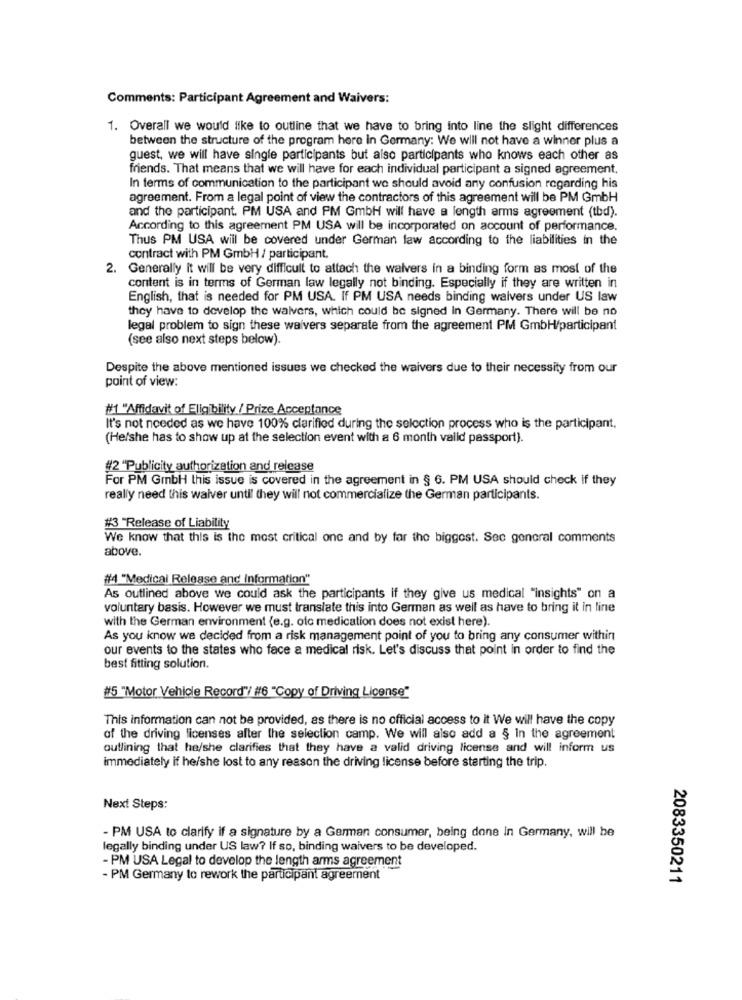
Comments: Participant Agreement and Waivers:
1. Overall we would like to outline that we have to bring into line the slight differences
between the structure of the program here in Germany: We will not have a winner plus a
guest, we will have single participants but also participants who knows each other as
friends. That means that we will have for each individual participant a signed agreement.
In terms of communication to the participant we should avoid any confusion regarding his
agreement. From a legal point of view the contractors of this agreement will be PM GmbH
and the participant. PM USA and PM GmbH will have a length arms agreement (tbd).
According to this agreement PM USA will be incorporated on account of performance.
Thus PM USA will be covered under German law according to the liabilities in the
contract with PM GmbH / participant.
2. Generally it will be very difficult to attach the waivers in a binding form as most of the
content is in terms of German law legally not binding. Especially if they are written in
English, that is needed for PM USA. If PM USA needs binding waivers under US law
they have to develop the waivers, which could be signed In Germany. There will be no
legal problem to sign these waivers separate from the agreement PM GmbH/participant
(see also next steps below).
Despite the above mentioned issues we checked the waivers due to their necessity from our
point of view:
#1 "Affidavit of Eligibility / Prize Acceptance
It's not needed as we have 100% clarified during the selection process who is the participant.
(He/she has to show up at the selection event with a 6 month valid passport).
#2 "Publicity authorization and release
For PM GmbH this issue is covered in the agreement in § 6. PM USA should check if they
really need this waiver until they will not commercialize the German participants.
#3 "Release of Liability
We know that this is the most critical one and by far the biggest. Sec general comments
above.
#4 "Medical Release and Information"
As outlined above we could ask the participants if they give us medical "insights" on a
voluntary basis. However we must translate this into German as well as have to bring it in fine
with the German environment (e.g. ofc medication does not exist here).
As you know we decided from a risk management point of you to bring any consumer within
our events to the states who face a medical risk. Let's discuss that point in order to find the
best fitting solution.
#5 "Motor Vehicle Record"/ #6 "Copy of Driving License"
This information can not be provided, as there is no official access to it We will have the copy
of the driving licenses after the selection camp. We will also add a § In the agreement
outlining that he/she clarifies that they have a valid driving license and will inform us
immediately if he/she lost to any reason the driving license before starting the trip.
Next Steps:
- PM USA to clarify if a signature by a German consumer, being done in Germany, will be
legally binding under US law? If so, binding waivers to be developed.
- PM USA Legal to develop the length arms agreement
- PM Germany to rework the participant agreement
2083350211